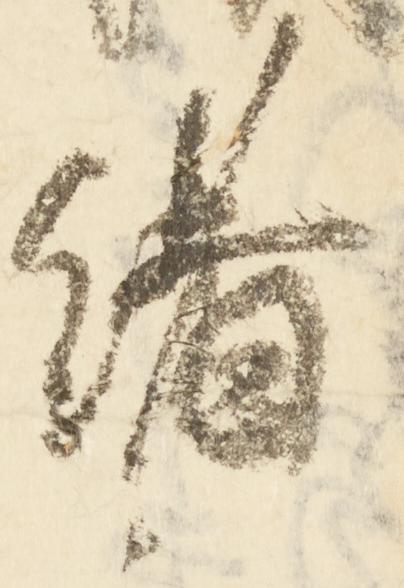
緒